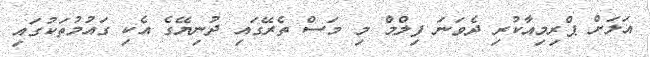
އަލަށް ޕްރިމިއާކުރި ދެވަނަ ފިލްމް މި މަސް ތެރޭގައި ދުނިޔޭގެ އެކި ގައުމުތަކުގައި